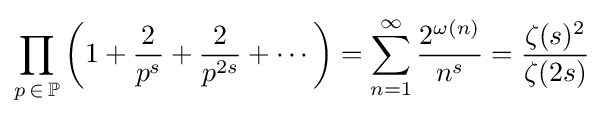
\prod _{p\,\in \,\mathbb {P} }\left(1+{\frac {2}{p^{s}}}+{\frac {2}{p^{2s}}}+\cdots \right)=\sum _{n=1}^{\infty }{\frac {2^{\omega (n)}}{n^{s}}}={\frac {\zeta (s)^{2}}{\zeta (2s)}}